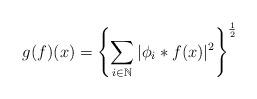
LaTeX: \begin{align*}g(f)(x)=\left\{\sum\limits_{i\in\mathbb N}\vert\phi_{i}\ast f(x)\vert^{2}\right\}^{\frac{1}{2}}\end{align*}